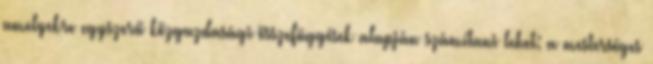
amelyekre egyszerű közgazdasági összefüggések alapján számítani lehet: a mesterséges